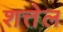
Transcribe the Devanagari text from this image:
शत्तेल